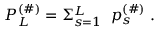
P _ { L } ^ { ( \# ) } = \Sigma _ { s = 1 } ^ { L } \; \; p _ { s } ^ { ( \# ) } \; .